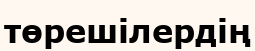
төрешілердің